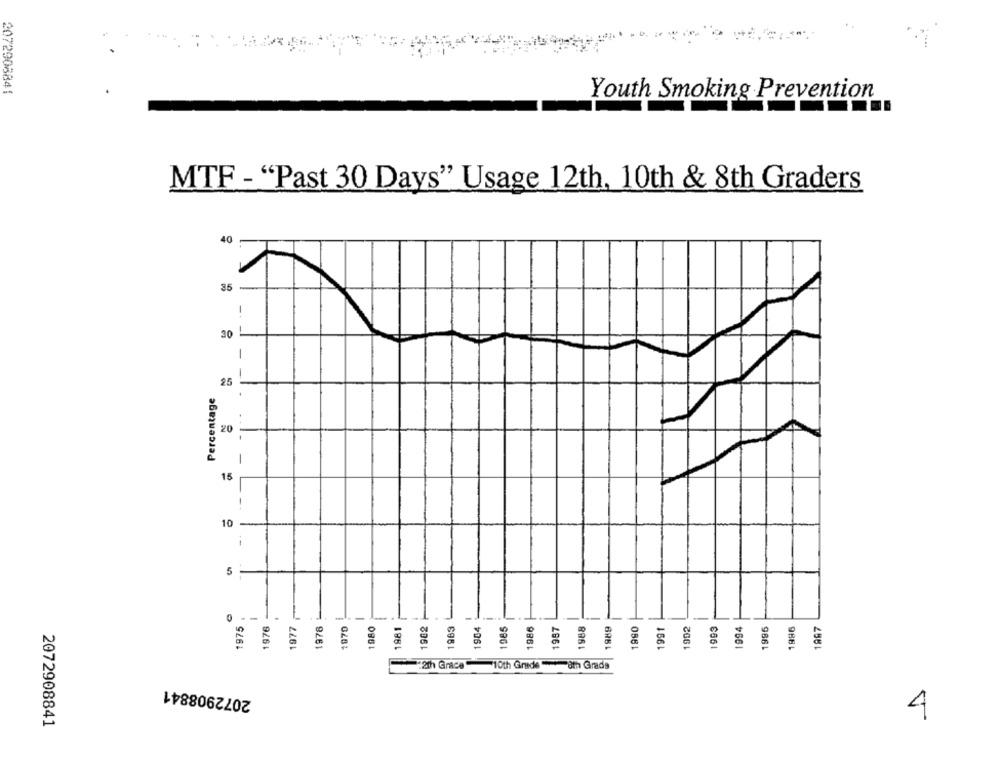
2072908841
Youth Smoking Prevention
MTF - "Past 30 Days" Usage 12th, 10th & 8th Graders
40
35
-
30
25
Percentage
20
-
15
---
10 -
5
-
1975
-
-
1976
1977
1976
1970
1080
1981
1962
1983
1904
1985
1986
1957
1988
1989
1990
1991
1992
1993
994
1995
1986
1987
:2th Grace
$10th Grade " 8th Grade
2072908841
4
2072908841